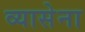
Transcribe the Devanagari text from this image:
व्यासेना